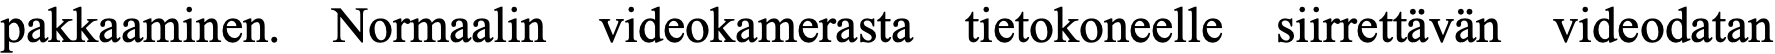
pakkaaminen. Normaalin videokamerasta tietokoneelle siirrettävän videodatan